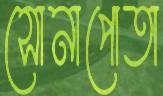
সোনাপোতা